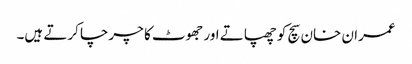
عمران خان سچ کو چھپاتے اور جھوٹ کا چرچا کرتے ہیں۔